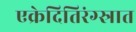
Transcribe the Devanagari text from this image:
एक्रेदितिरंग्स्रात